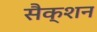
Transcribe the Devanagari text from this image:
सैक्‍शन